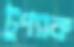
টুপ্যাক